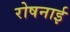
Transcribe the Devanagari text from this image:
रोषनाई